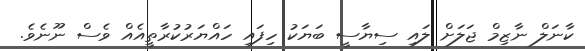
ކާނަލް ނާޒިމް ޖަލަށް ލައި ސިޔާސީ ބަޔަކު ހިފައި ހައްޔަރުކުރާތީއެއް ވެސް ނޫނެވެ.